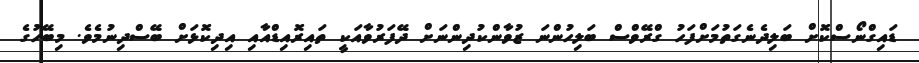
ޑައިގްނޯސްކޮށް ބަލިދެނެގަތުމަށްފަހު ގްރޭވްސް ބަލިހުންނަ ޒުވާންކުދިންނަށް ދޭފަރުވާއަކީ ތައިރޮއިޑްއާއި އިދިކޮޅަށް ބޭސްދިނުމެވެ. މިބޭހުގެ